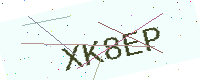
Text: XK8EP